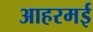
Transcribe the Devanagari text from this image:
आहरमई